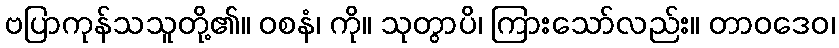
ဗပြာကုန်သသူတို့၏။ ဝစနံ၊ ကို။ သုတွာပိ၊ ကြားသော်လည်း။ တာဝဒေဝ၊